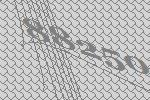
88250